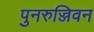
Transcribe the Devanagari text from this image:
पुनरुज्जिवन